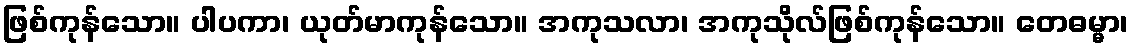
ဖြစ်ကုန်သော။ ပါပကာ၊ ယုတ်မာကုန်သော။ အကုသလာ၊ အကုသိုလ်ဖြစ်ကုန်သော။ တေဓမ္မာ၊